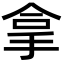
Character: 拿